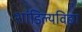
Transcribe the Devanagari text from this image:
शांडिल्यविद्या